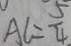
A L = \frac { 5 } { 4 }